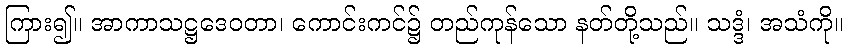
ကြား၍။ အာကာသဋ္ဌဒေဝတာ၊ ကောင်းကင်၌ တည်ကုန်သော နတ်တို့သည်။ သဒ္ဒံ၊ အသံကို။